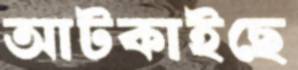
আটকাইছে